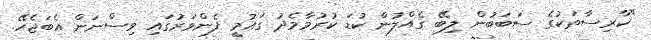
"ކާރިސާތަކުގެ ސަބަބުން ލިބޭ ގެއްލުން ކުޑަ ކުރުމާމެދު ގައުމީ ފެންވަރުގައި ވިސްނަން އެބަޖެހޭ.